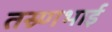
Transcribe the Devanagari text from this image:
तस्र्णभाई